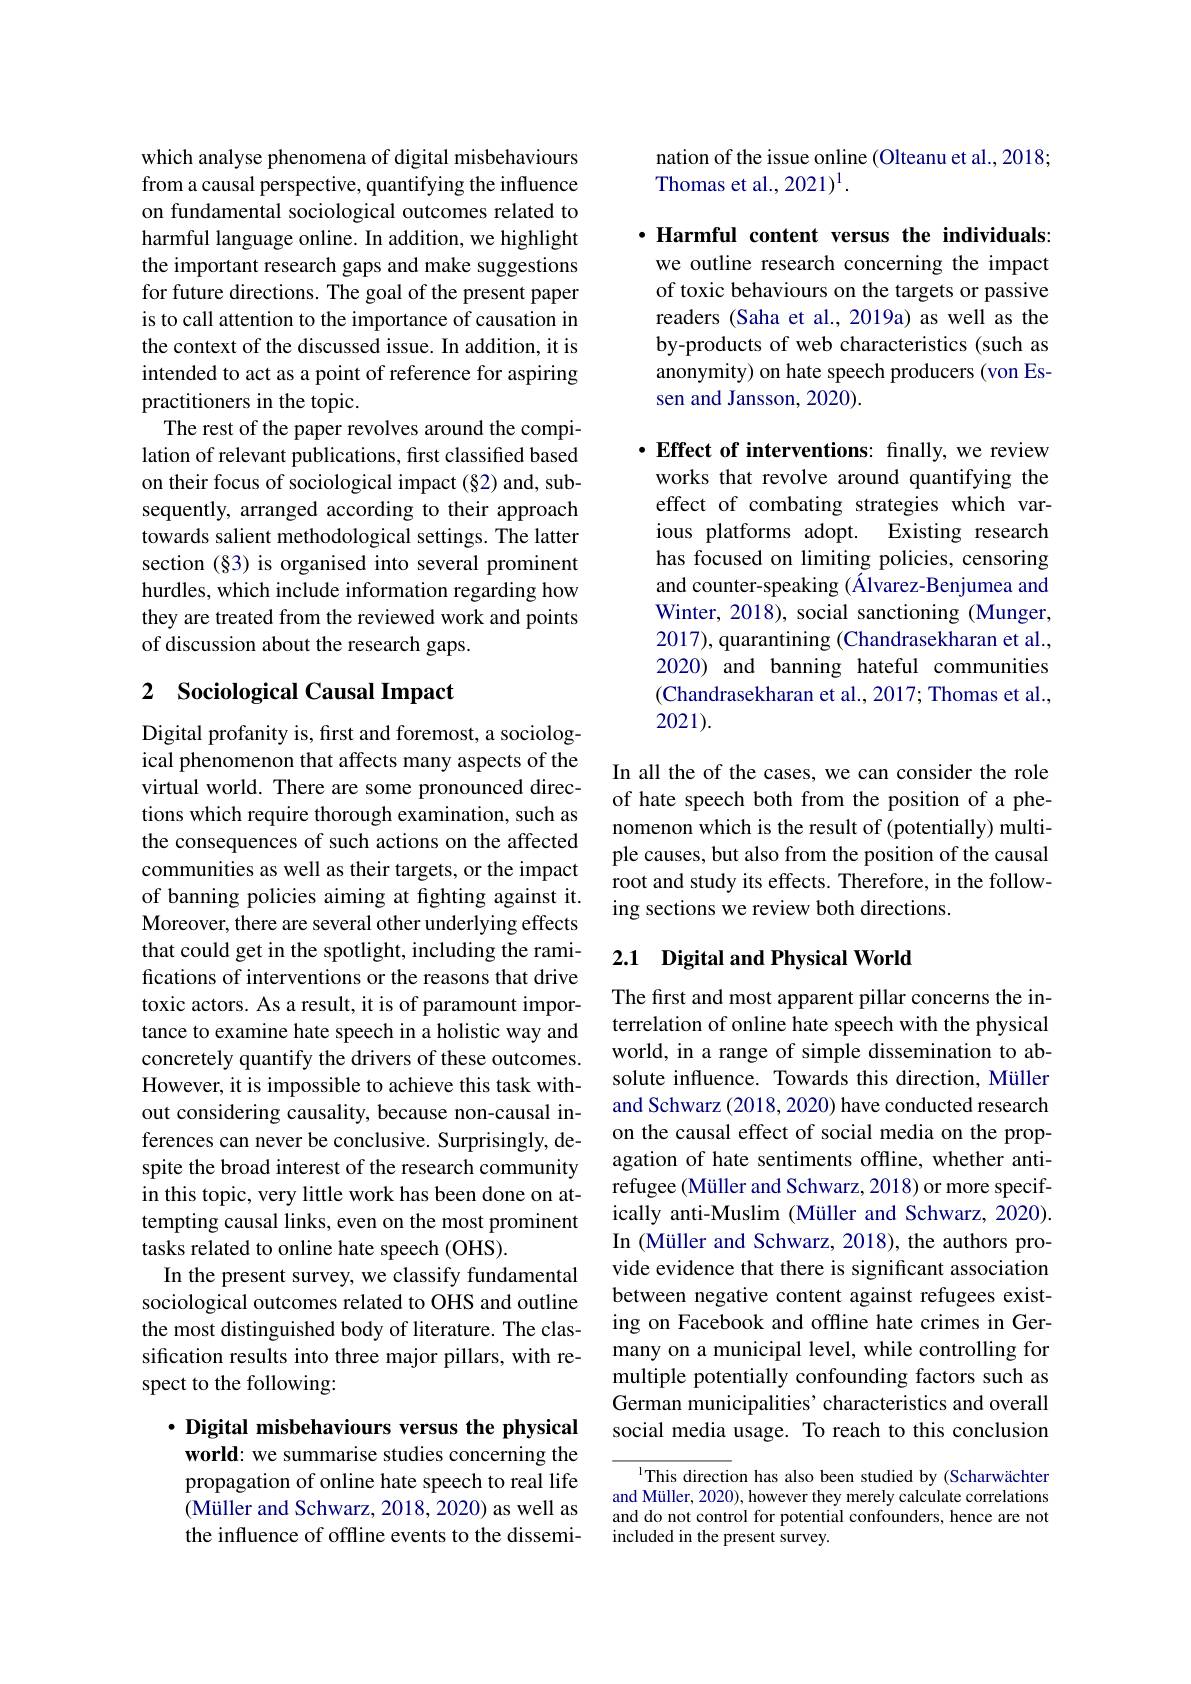
which analyse phenomena of digital misbehaviours from a causal perspective, quantifying the influence on fundamental sociological outcomes related to harmful language online. In addition, we highlight the important research gaps and make suggestions for future directions. The goal of the present paper is to call attention to the importance of causation in the context of the discussed issue. In addition, it is intended to act as a point of reference for aspiring practitioners in the topic.
The rest of the paper revolves around the compilation of relevant publications, first classified based on their focus of sociological impact (§2) and, subsequently, arranged according to their approach towards salient methodological settings. The latter section (§3) is organised into several prominent hurdles, which include information regarding how they are treated from the reviewed work and points of discussion about the research gaps.

## 2 Sociological Causal Impact

Digital profanity is, first and foremost, a sociological phenomenon that affects many aspects of the virtual world. There are some pronounced directions which require thorough examination, such as the consequences of such actions on the affected communities as well as their targets, or the impact of banning policies aiming at fighting against it. Moreover, there are several other underlying effects that could get in the spotlight, including the ramifications of interventions or the reasons that drive toxic actors. As a result, it is of paramount importance to examine hate speech in a holistic way and concretely quantify the drivers of these outcomes. However, it is impossible to achieve this task without considering causality, because non-causal inferences can never be conclusive. Surprisingly, despite the broad interest of the research community in this topic, very little work has been done on attempting causal links, even on the most prominent tasks related to online hate speech (OHS).
In the present survey, we classify fundamental sociological outcomes related to OHS and outline the most distinguished body of literature. The classification results into three major pillars, with respect to the following:

$\cdot$ Digital misbehaviours versus the physical

world: we summarise studies concerning the propagation of online hate speech to real life (Müller and Schwarz, 2018, 2020) as well as the influence of offline events to the dissemi-

nation of the issue online (Olteanu et al., 2018;
Thomas et al., 2021)$^{1}.$

$\cdot$Harmful content versus the individuals:

we outline research concerning the impact of toxic behaviours on the targets or passive readers (Saha et al., 2019a) as well as the by-products of web characteristics (such as anonymity) on hate speech producers (von Essen and Jansson, 2020).

$\cdot \textbf{Effect of interventions: finally, we review}$ works that revolve around quantifying the effect of combating strategies which various platforms adopt. Existing research has focused on limiting policies, censoring and counter-speaking (Álvarez-Benjumea and Winter, 2018), social sanctioning (Munger, 2017), quarantining (Chandrasekharan et al., 2020) and banning hateful communities (Chandrasekharan et al., 2017; Thomas et al., 2021).

In all the of the cases, we can consider the role of hate speech both from the position of a phenomenon which is the result of (potentially) multiple causes, but also from the position of the causal root and study its effects. Therefore, in the following sections we review both directions.

## 2.1 Digital and Physical World

The first and most apparent pillar concerns the interrelation of online hate speech with the physical world, in a range of simple dissemination to absolute influence. Towards this direction, Müller and Schwarz (2018, 2020) have conducted research on the causal effect of social media on the propagation of hate sentiments offline, whether antirefugee (Müller and Schwarz, 2018) or more specifically anti-Muslim (Müller and Schwarz, 2020). In (Müller and Schwarz, 2018), the authors provide evidence that there is significant association between negative content against refugees existing on Facebook and offline hate crimes in Germany on a municipal level, while controlling for multiple potentially confounding factors such as German municipalities' characteristics and overall social media usage. To reach to this conclusion

l This direction has also been studied by (Scharwächter and Müller, 2020), however they merely calculate correlations and do not control for potential confounders, hence are not included in the present survey.